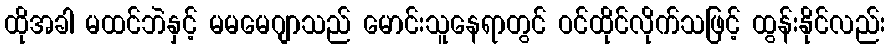
ထိုအခါ မထင်ဘဲနှင့် မမမေဂျာသည် မောင်းသူနေရာတွင် ဝင်ထိုင်လိုက်သဖြင့် ထွန်းနိုင်လည်း